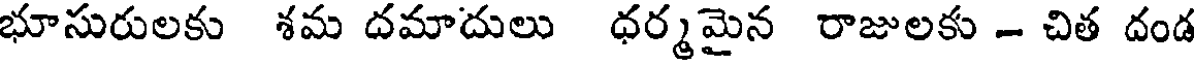
భూసురులకు శమ దమాదులు ధర్మమైన రాజులకు - చిత దండ